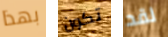
بهذا تكون لقد